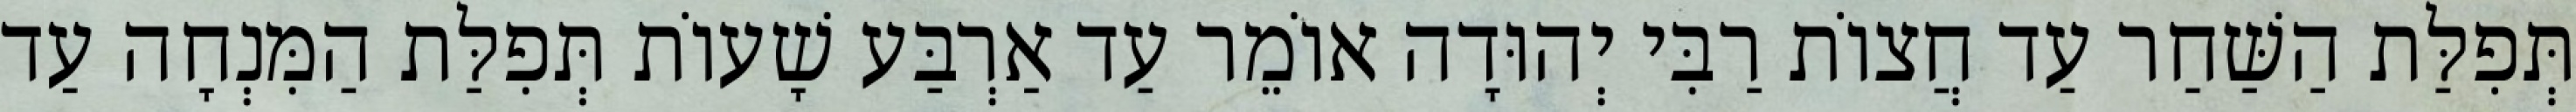
תְּפִלַּת הַשַּׁחַר עַד חֲצוֹת רַבִּי יְהוּדָה אוֹמֵר עַד אַרְבַּע שָׁעוֹת תְּפִלַּת הַמִּנְחָה עַד